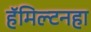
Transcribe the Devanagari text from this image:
हॅमिल्टनहा